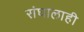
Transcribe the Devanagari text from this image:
संघालाही